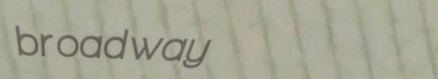
broadway